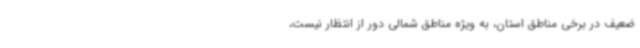
ضعیف در برخی مناطق استان، به ویژه مناطق شمالی دور از انتظار نیست،